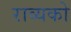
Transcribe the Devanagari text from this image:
राव्यको